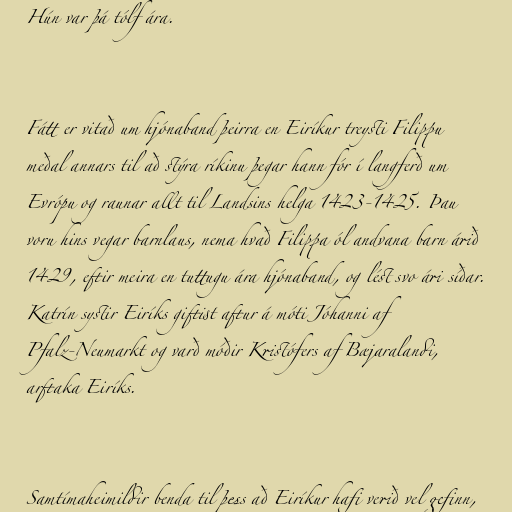
Hún var þá tólf ára.

Fátt er vitað um hjónaband þeirra en Eiríkur treysti Filippu
meðal annars til að stýra ríkinu þegar hann fór í langferð um
Evrópu og raunar allt til Landsins helga 1423-1425. Þau
voru hins vegar barnlaus, nema hvað Filippa ól andvana barn árið
1429, eftir meira en tuttugu ára hjónaband, og lést svo ári síðar.
Katrín systir Eiríks giftist aftur á móti Jóhanni af
Pfalz-Neumarkt og varð móðir Kristófers af Bæjaralandi,
arftaka Eiríks.

Samtímaheimildir benda til þess að Eiríkur hafi verið vel gefinn,